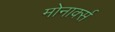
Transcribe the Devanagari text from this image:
मोनार्क्स